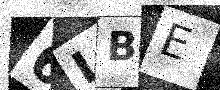
Text: 6LBE